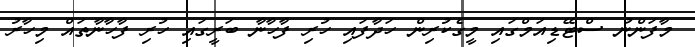
މާފަންނު ސްޓޭޑިއަމްގައި މީގެކުރިން ހަދާފައި ހުރި ފާހާނާ ބަރީގައި ހުރި ފާހާނާތައް މިހާރު